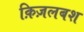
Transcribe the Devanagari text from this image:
क़िज़लबश